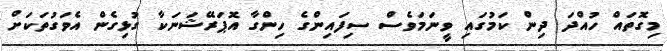
މިގޮތައް ހުއްދަ ދިން ކަމުގައި ވީނަމަވެސް ސިފައިންގެ ހިންގާ އޮޕަރޭޝަނަކާ ގުޅިގެން އެވަގުތަކަށް